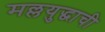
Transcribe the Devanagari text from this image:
मल्लयुद्धाची